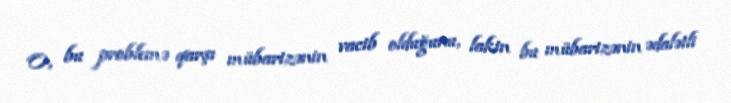
O, bu problemə qarşı mübarizənin vacib olduğunu, lakin bu mübarizənin ədalətli